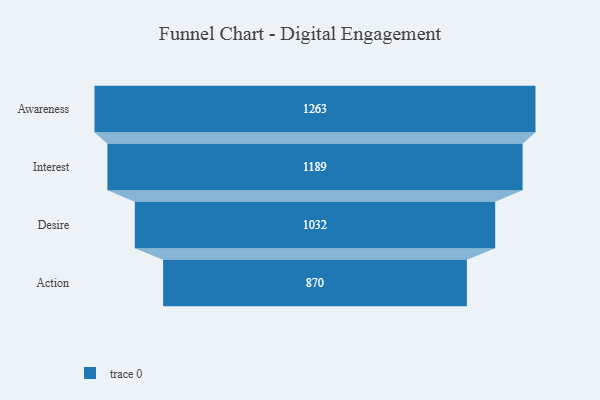
{"axis": {"x": "Stage", "y": "Value"}, "legend": [""], "data": [{"x": "Awareness", "y": 1263.0, "type": ""}, {"x": "Interest", "y": 1189.0, "type": ""}, {"x": "Desire", "y": 1032.0, "type": ""}, {"x": "Action", "y": 870.0, "type": ""}]}